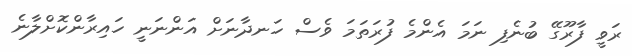
ރަވީ ފާރޫގޭ ބުނެފި ނަމަ އެންމެ ފުރަތަމަ ވެސް ހަނދާނަށް އަންނަނީ ހައިރާންކޮށްލާނެ